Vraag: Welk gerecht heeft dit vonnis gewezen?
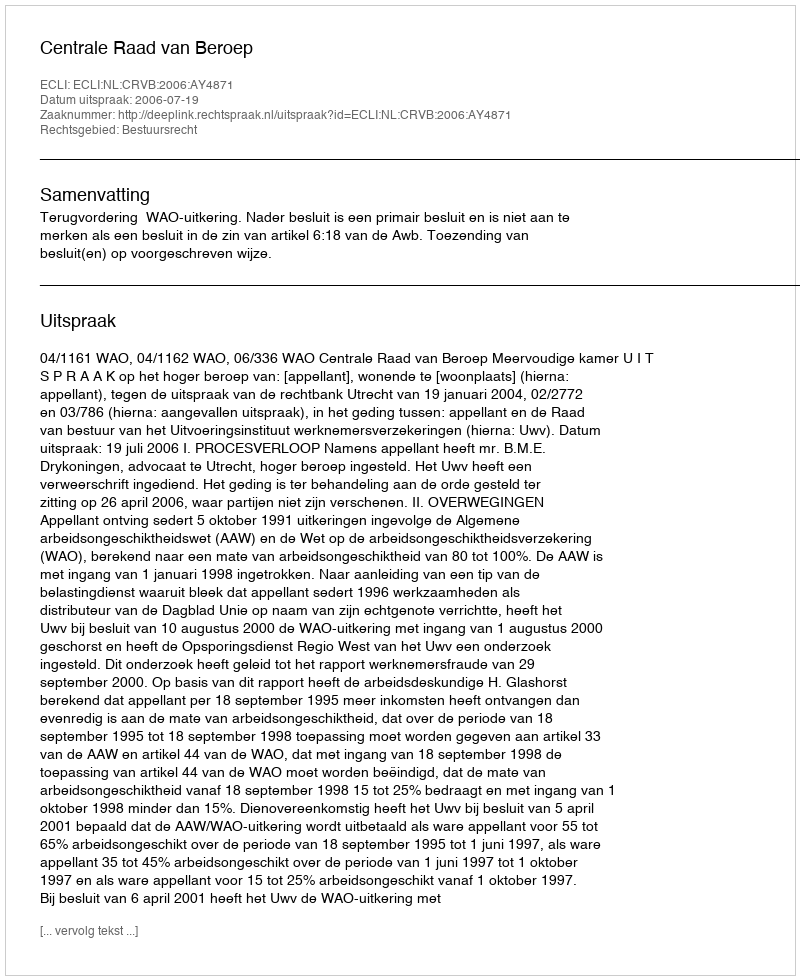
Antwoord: Centrale Raad van Beroep